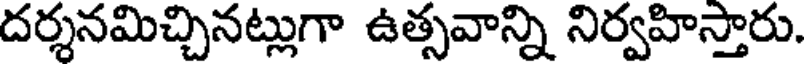
దర్శనమిచ్చినట్లుగా ఉత్సవాన్ని నిర్వహిస్తారు.